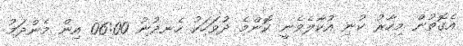
އެގޮތުން މިހާރު ކުނި އުކާލެވެނީ ކޮންމެ ދުވަހަކު ހެނދުނު 06:00 އިން މެންދަމު